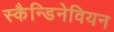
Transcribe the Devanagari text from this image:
स्कैन्डिनेवियन